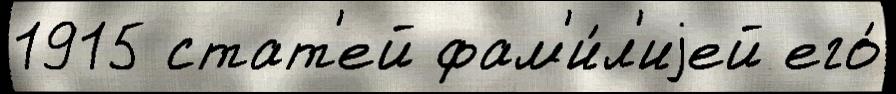
1915 стат'ей фам'и́л'иjей его́